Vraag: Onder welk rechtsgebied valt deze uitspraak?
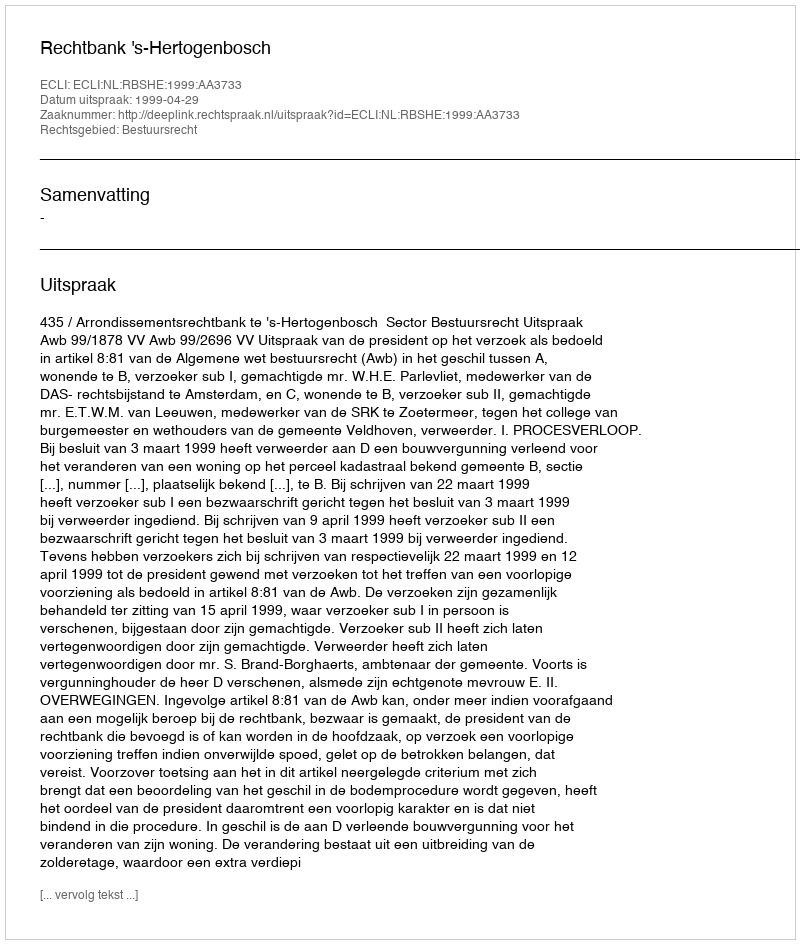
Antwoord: Bestuursrecht